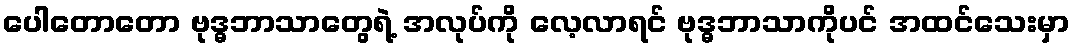
ပေါတောတော ဗုဒ္ဓဘာသာတွေရဲ့ အလုပ်ကို လေ့လာရင် ဗုဒ္ဓဘာသာကိုပင် အထင်သေးမှာ